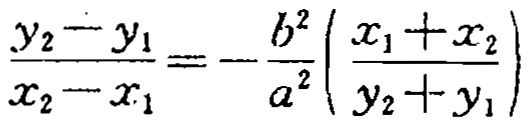
\(\frac{y_{2}-y_{1}}{x_{2}-x_{1}}=-\frac{b^{2}}{a^{2}}\left(\frac{x_{1}+x_{2}}{y_{2}+y_{1}}\right)\)